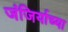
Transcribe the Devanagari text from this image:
जंजिर्याच्या